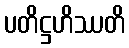
ပတိဋ္ဌဟိဿတိ